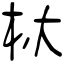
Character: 杕